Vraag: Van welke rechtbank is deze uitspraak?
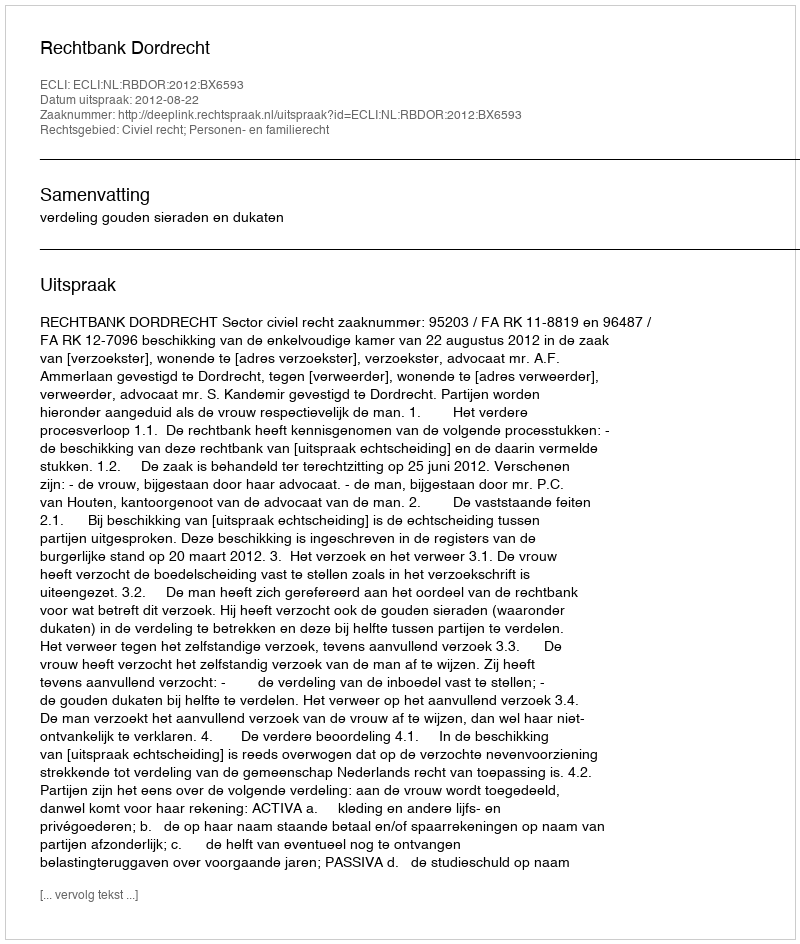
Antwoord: Rechtbank Dordrecht